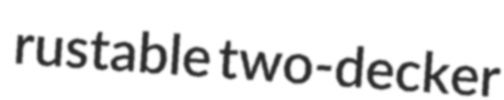
rustable two-decker